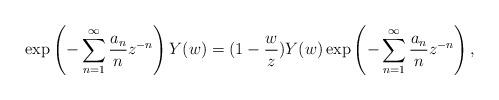
LaTeX: \begin{align*}\exp\left(-\sum^\infty_{n=1}\frac{a_n}{n}z^{-n}\right)Y(w)=(1-\frac{w}{z})Y(w)\exp\left(-\sum^\infty_{n=1}\frac{a_n}{n}z^{-n}\right),\end{align*}